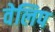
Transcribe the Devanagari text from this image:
वेलिप